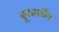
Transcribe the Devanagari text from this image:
दूरदर्शीय